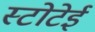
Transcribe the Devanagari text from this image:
स्टोटेई